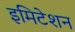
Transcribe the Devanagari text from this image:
इमिटेशन